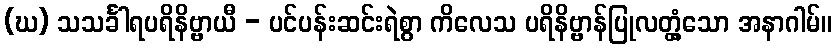
(ဃ) သသင်္ခါရပရိနိဗ္ဗာယီ - ပင်ပန်းဆင်းရဲစွာ ကိလေသ ပရိနိဗ္ဗာန်ပြုလတ္တံ့သော အနာဂါမ်။